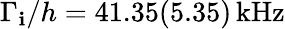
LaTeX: \Gamma_{\mathbf{i}}/h=41.35(5.35)\, \mathrm{{{kHz}}}